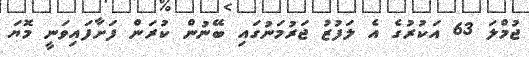
ޖުމްލަ 63 އަކުރުގެ އެ ލަފުޒު ޖަރުމަނުގައި ބޭނުން ކުރަން ފަށާފައިވަނީ މޮޔަ